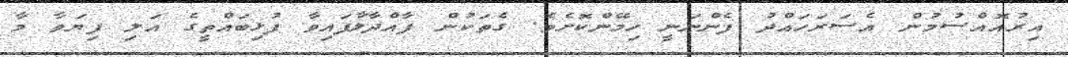
އިރުއޮއްސުމުން އެސަރަހައްދު ފެންނަނީ ހިމޭންކޮށެވެ. ގެތަކުން ފާއްދާލާފައިވާ ފުޅިބައްތީގެ އަލި ފިޔަވާ މާ